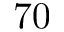
7 0